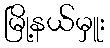
မြို့နယ်မှူး